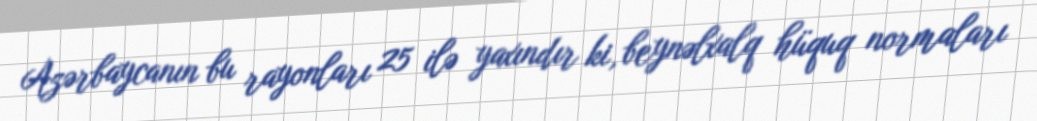
Azərbaycanın bu rayonları 25 ilə yaxındır ki, beynəlxalq hüquq normaları